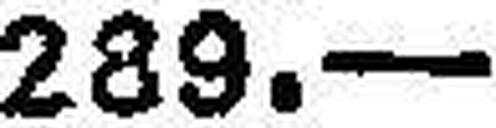
289.—